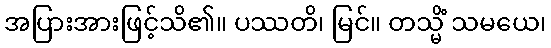
အပြားအားဖြင့်သိ၏။ ပဿတိ၊ မြင်။ တသ္မိံ သမယေ၊